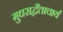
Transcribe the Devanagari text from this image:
मुधराद्वैताचार्य